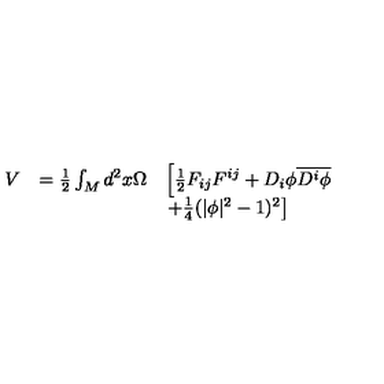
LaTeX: \begin{array} { l l l } { V } & { = \frac { 1 } { 2 } \int _ { M } d ^ { 2 } x \Omega } & { \left[ \frac { 1 } { 2 } F _ { i j } F ^ { i j } + D _ { i } \phi \overline { { D ^ { i } \phi } } \right. } \\ { } & { } & { \left. + \frac { 1 } { 4 } ( | \phi | ^ { 2 } - 1 ) ^ { 2 } \right] } \\ \end{array}